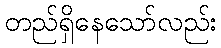
တည်ရှိနေသော်လည်း